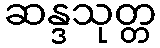
ဆန္ဒသုတ္တ